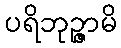
ပရိဘုဉ္ဇာမိ